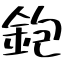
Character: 鉋